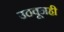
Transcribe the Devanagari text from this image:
उठवूनही